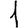
Digit: 1